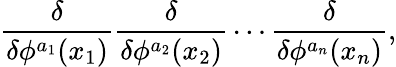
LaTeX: {\frac{\delta}{\delta\phi^{a_{1}}(x_{1})}}{\frac{\delta}{\delta\phi^{a_{2}}(x_{2})}}\cdots{\frac{\delta}{\delta\phi^{a_{n}}(x_{n})}},